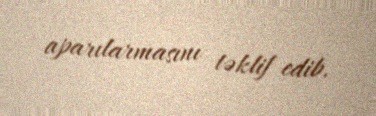
aparılarmasını təklif edib.